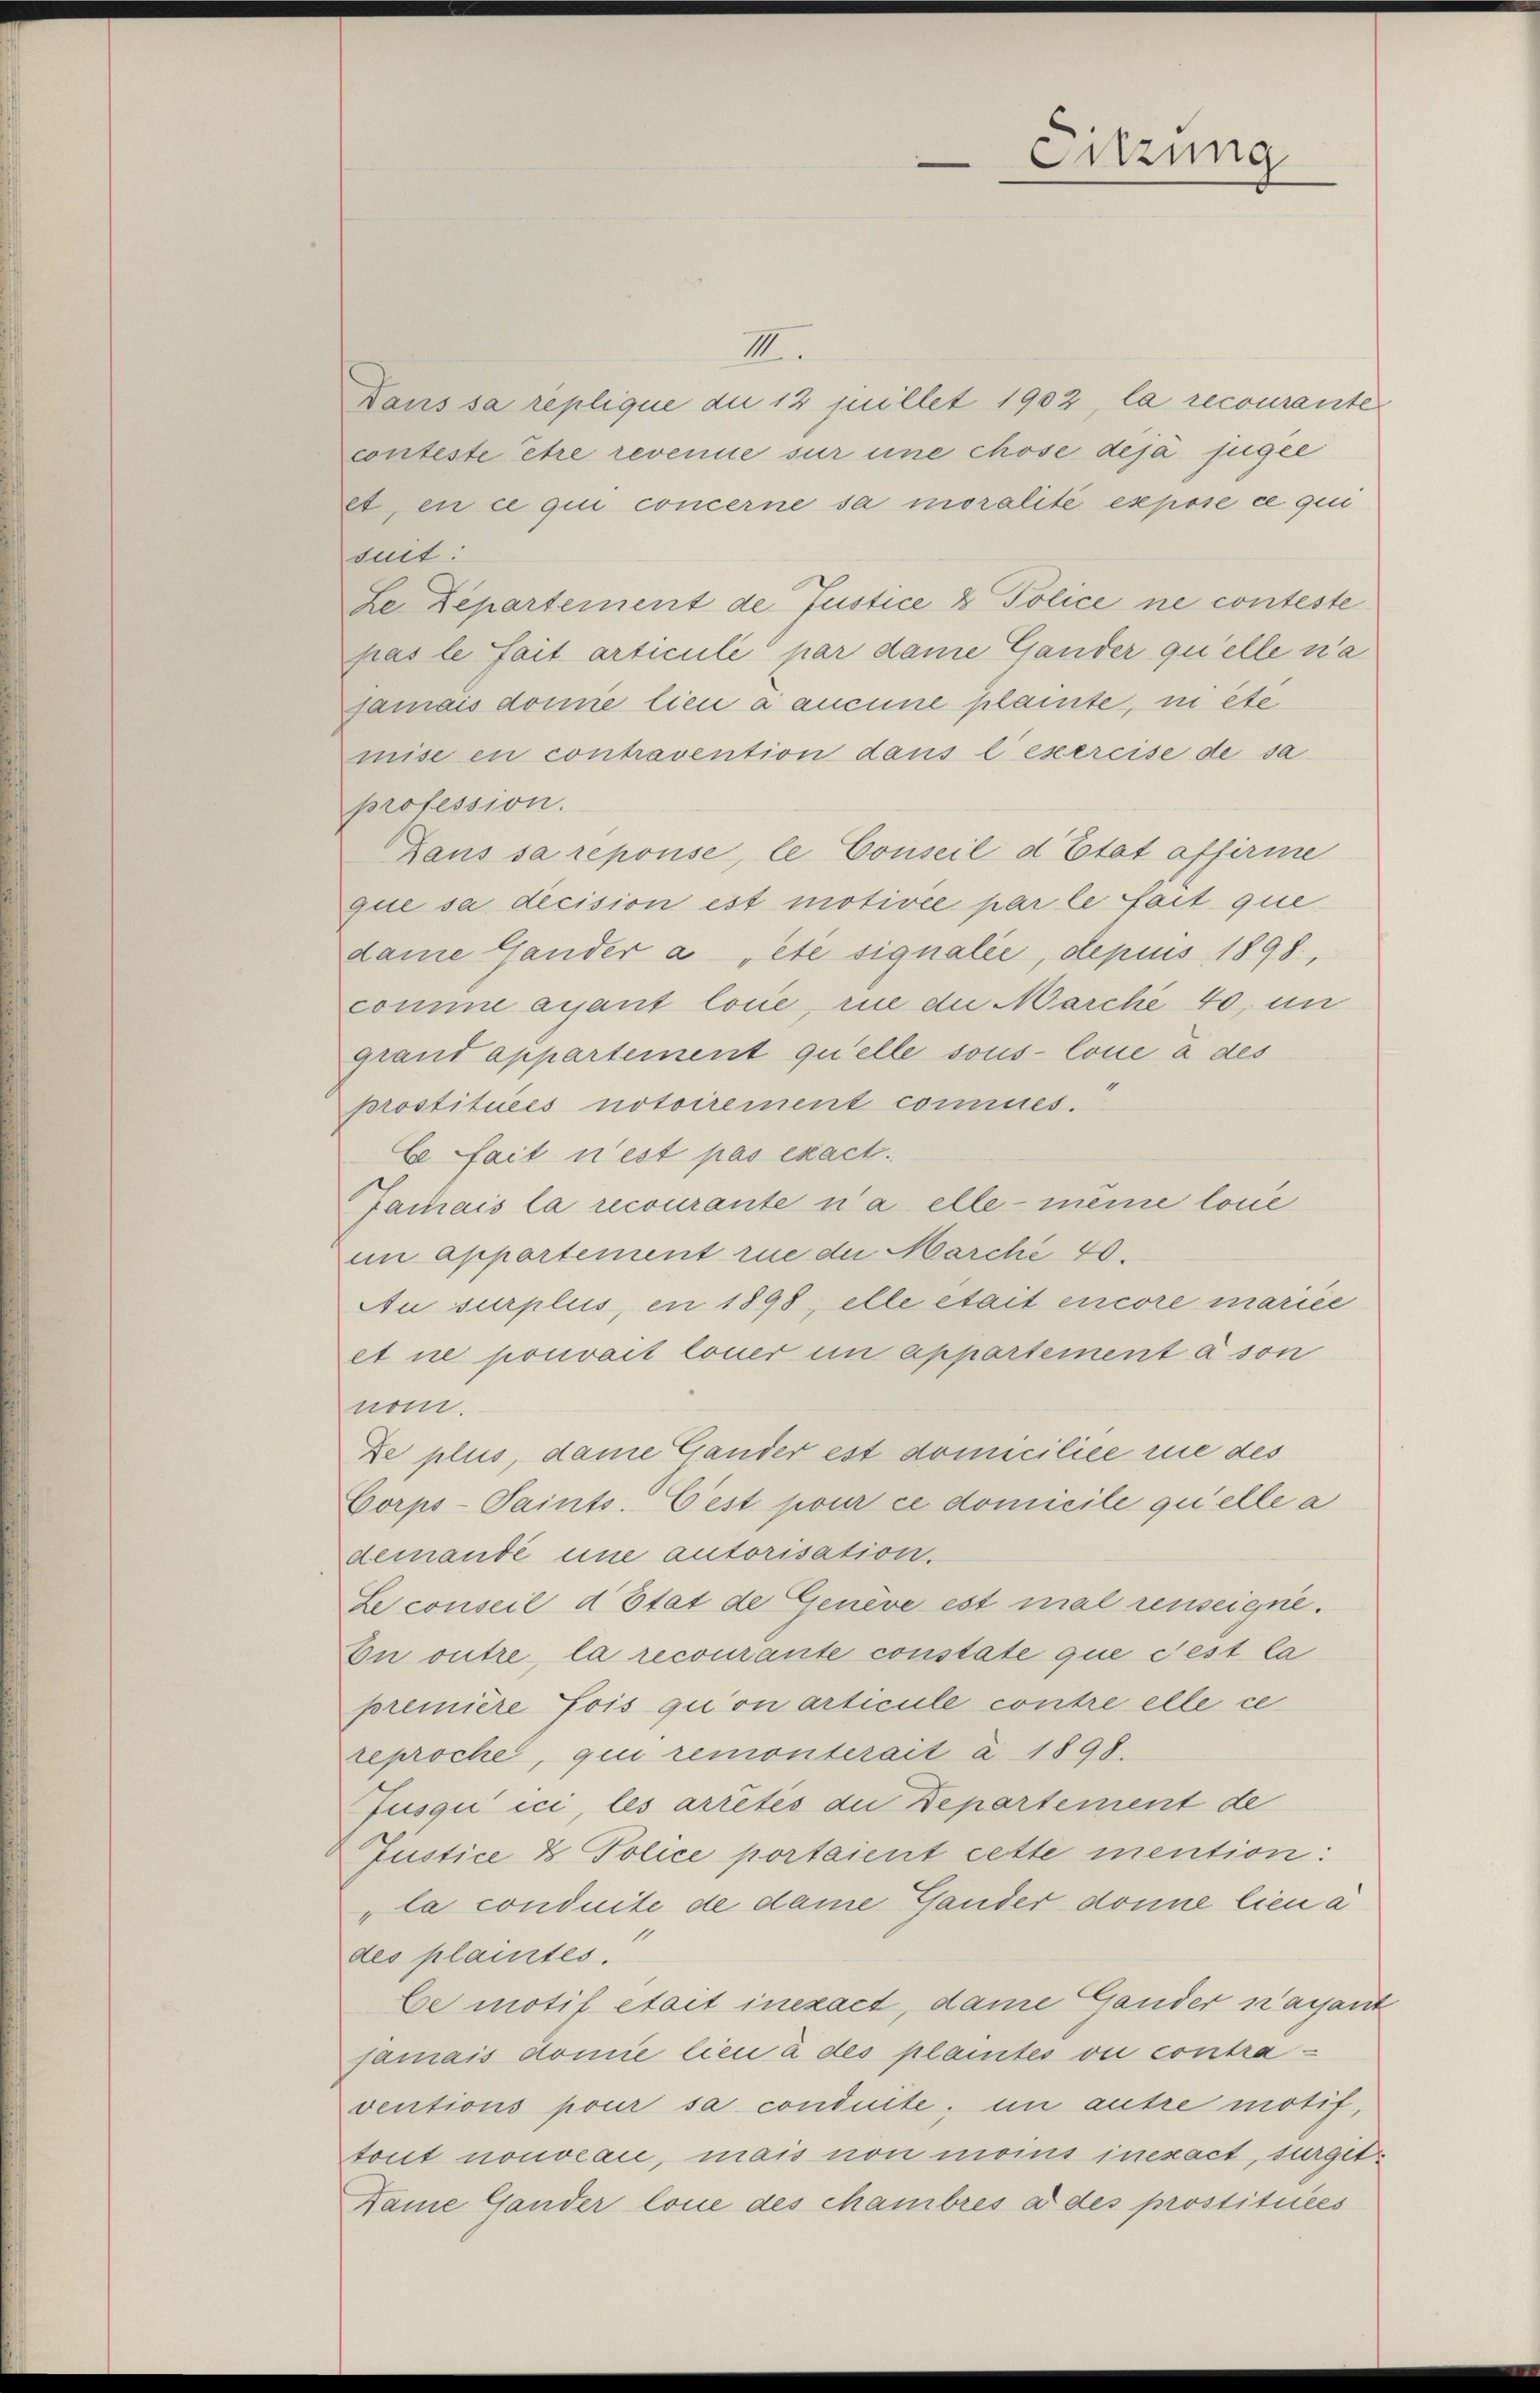
Sitzung

III.
Daus sa replique du 12 juillet 1902, la recourante
conteste être revenue sur une chose deja fügee
et, en ce qui concerne sa moralité expose ce qui
suit:
Le Departement de Justice 8 Police ne conteste
pas le fait articulé par dame Gander quelle n’a
jamais domie lieu à aucune plante, ni etc.
mise en contravention dans l’exercise de sa
profession.
Lans sa reponse, le Conseil d’Etat affirme
que sa decision est motivée par le fait que
dame Gander a été signalie, depius 1898,
comme avant lone, in die Marché 40, in
grand appartement quelle sous loue à des
prostituées notoirement commes.
Ce fait n’est pas exact.
Jamais la recourante n’a elle-meine locie
im apportement rue der Marché 40.
Au surplus, en 1898, elle était encore mariée
et ne pouvait lauer in appartement à son
nom.
De plus, dame Gander est domiciliée rue des
Corps-Saints-Eest pour ce domicile quelle a
demandé une autorisation.
Le conseil d’Etat de Genève est mal renseigne.
En outre, la recourante constate que c’est la
première fois qu’on articule contre elle ce
reproche, qui remonterait à 1898.
Jusqu’ ici, les arrêtés die Departement de
Justice & Police portaient cette mention:
la conduite de dame Gander donne lien a
des plaintes“
be motif était inexact, dame Gander Kassant
jamais domie lieu à des plantes ou contraventions pour sa conduite. in autre motif,
tout nouveau, mais von moins inexact, surgit
Dame Gander lone des chambres a des prostitiices